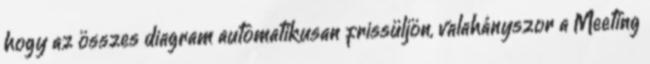
hogy az összes diagram automatikusan frissüljön, valahányszor a Meeting